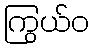
ကြွယ်ဝ